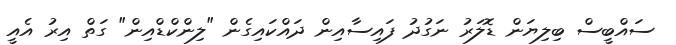
ސައްބީސް ބިލިޔަން ޑޮލަރު ނަގުދު ފައިސާއިން ދައްކައިގެން "ލިންކްޑްއިން" ގަތް އިރު އެއީ